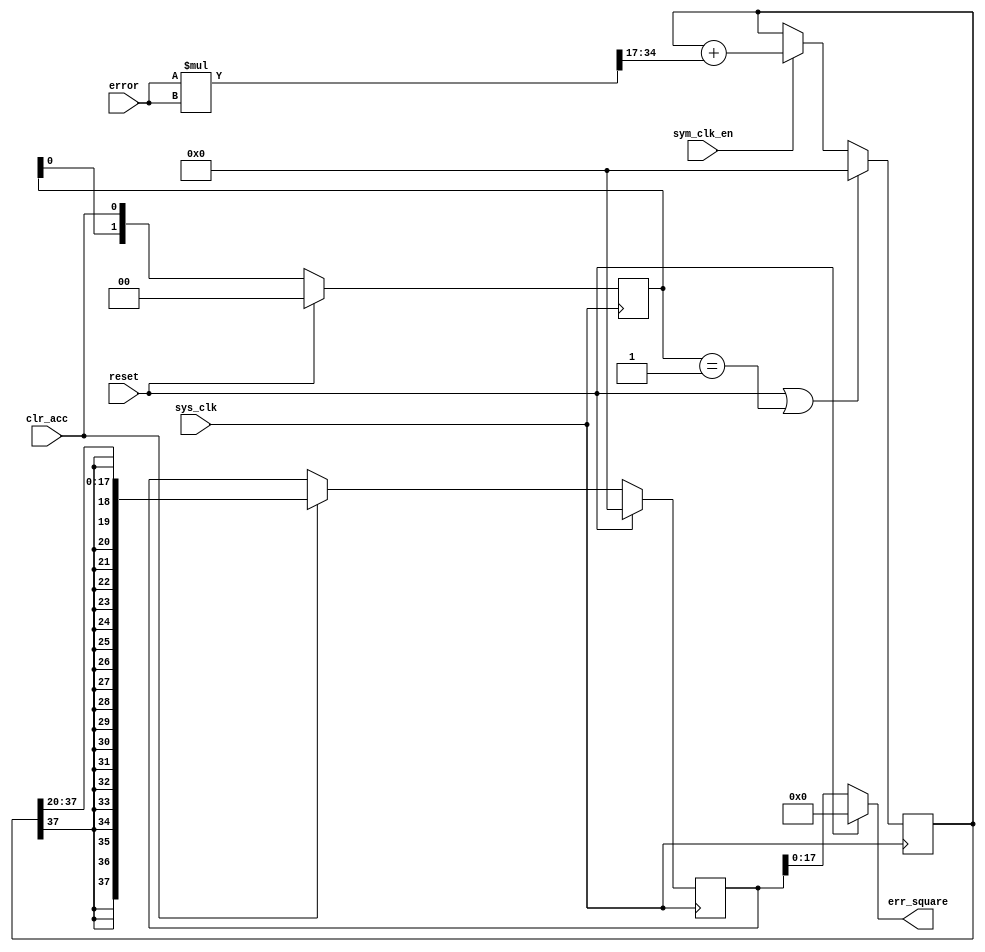
module avg_err_squared #(parameter LFSR_WID = 20)( 
    //error 2s16
    input signed [17:0] error,
    input sym_clk_en, clr_acc, sys_clk, reset, 
    output reg signed [17:0] err_square
);

(* preserve *) reg signed [(LFSR_WID+18-1):0] acc_out, err_int;
(* keep *) reg signed [35:0] mult_out;
(* keep *) reg [1:0] det_edge;
(* keep *) wire sig_edge;

initial begin
    mult_out = 36'd0;
    err_square = 18'd0;
    acc_out = {(LFSR_WID+18){1'b0}};
    det_edge = 2'd0;
end

always @ *
    mult_out = error * error;

//for detecting falling edge
always @ (posedge sys_clk)
    if (reset) det_edge <= 2'd0;
    else det_edge <= {det_edge[0], clr_acc};

assign sig_edge = (det_edge == 2'b01);

always @ (posedge sys_clk)
    if (reset || sig_edge) acc_out <= {(LFSR_WID+18){1'b0}};
    else if (sym_clk_en) acc_out <= acc_out + mult_out[34:17];
    else acc_out <= acc_out;

always @ (posedge sys_clk)
    if (reset) err_int <= {(LFSR_WID+18){1'b0}};
    //else if (clr_acc) err_int = $signed(acc_out >>> $clog2(LFSR_WID));
    else if (clr_acc) err_int <= acc_out >>> (LFSR_WID);
    else err_int <= err_int;

always @ *
    if (reset) err_square = 18'sd0;
    else err_square = err_int[17:0];

endmodule


module avg_err #(parameter LFSR_WID = 20)( 
    //error 2s16
    input signed [17:0] error,
    input sym_clk_en, clr_acc, sys_clk, reset, 
    output reg signed [17:0] err_acc
);

(* preserve *) reg signed [(LFSR_WID+18-1):0] acc_out, err_int;
(* keep *) reg [1:0] det_edge;
(* keep *) wire sig_edge;

initial begin
    err_acc = 18'd0;
    acc_out = {(LFSR_WID+18){1'b0}};
    det_edge = 2'd0;
end

//for detecting falling edge
/*
always @ *
    det_edge = {det_edge[0], clr_acc};
*/
always @ (posedge sys_clk)
    if (reset) det_edge <= 2'd0;
    else det_edge <= {det_edge[0], clr_acc};

assign sig_edge = (det_edge == 2'b01);

always @ (posedge sys_clk)
    if (reset || sig_edge) acc_out <= {(LFSR_WID+18){1'b0}};
    else if (sym_clk_en) acc_out <= acc_out + error;
    else acc_out <= acc_out;

always @ (posedge sys_clk)
    if (reset) err_int <= {(LFSR_WID+18){1'b0}};
    //else if (clr_acc) err_int = $signed(acc_out >>> $clog2(LFSR_WID));
    else if (clr_acc) err_int <= acc_out >>> (LFSR_WID);
    else err_int <= err_int;

always @ *
    if (reset) err_acc = 18'sd0;
    else err_acc = err_int[17:0];

endmodule

module avg_err_squared_55 #(parameter LFSR_WID = 56)( 
    //error 2s16
    input signed [17:0] error,
    input sym_clk_en, clr_acc, sys_clk, reset, 
    output reg signed [(LFSR_WID-1):0] err_square
);

(* preserve *) reg signed [(LFSR_WID-1):0] acc_out, err_int;
(* keep *) reg signed [35:0] mult_out;
(* preserve *) reg [1:0] det_edge;
(* keep *) wire sig_edge;

initial begin
    mult_out = 36'd0;
    err_square = 18'd0;
    acc_out = {(LFSR_WID){1'b0}};
    det_edge = 2'd0;
end

always @ *
    mult_out = error * error;

//for detecting falling edge
always @ (posedge sys_clk)
    if (reset) det_edge <= 2'd0;
    else det_edge <= {det_edge[0], clr_acc};

assign sig_edge = (det_edge == 2'b01);

always @ (posedge sys_clk)
    if (reset || sig_edge) acc_out <= {(LFSR_WID){1'b0}};
    else if (sym_clk_en) acc_out <= acc_out + mult_out;
    else acc_out <= acc_out;

always @ (posedge sys_clk)
    if (reset) err_int <= {(LFSR_WID){1'b0}};
    //else if (clr_acc) err_int = $signed(acc_out >>> $clog2(LFSR_WID));
    else if (clr_acc) err_int <= acc_out;
    else err_int <= err_int;

always @ *
    if (reset) err_square = {(LFSR_WID){1'b0}};
    else err_square = err_int;

endmodule